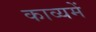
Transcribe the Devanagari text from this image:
काव्यमें